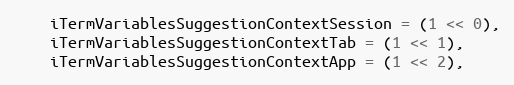
Language: C
    iTermVariablesSuggestionContextSession = (1 << 0),
    iTermVariablesSuggestionContextTab = (1 << 1),
    iTermVariablesSuggestionContextApp = (1 << 2),